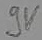
Text: 9V